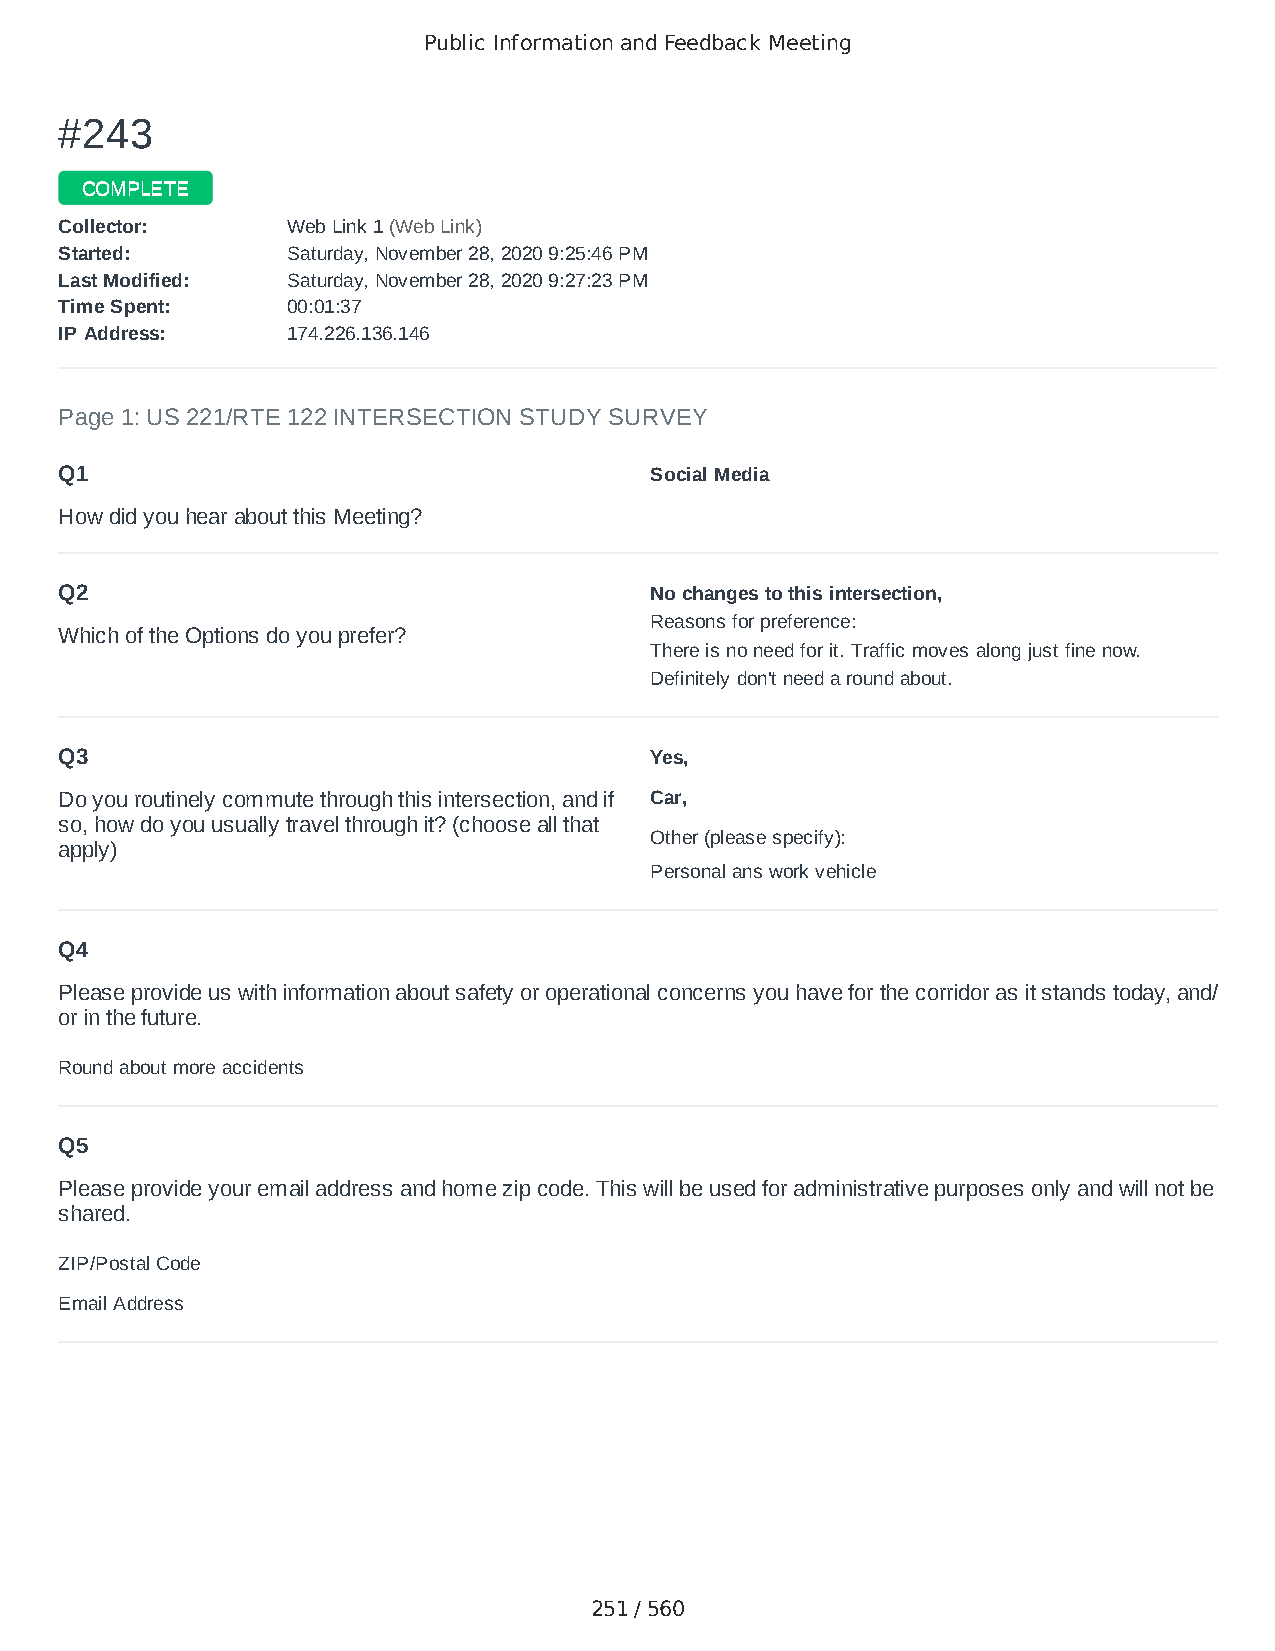
Public Information and Feedback Meeting
 ##224433
 CCOOMMPPLLEETTEE
 CCoolllleeccttoorr:: WWeebb LLiinnkk 11 ((WWeebb LLiinnkk))
 SSttaarrtteedd:: SSaattuurrddaayy,, NNoovveemmbbeerr 2288,, 22002200 99::2255::4466 PPMM
 LLaasstt MMooddiiffiieedd:: SSaattuurrddaayy,, NNoovveemmbbeerr 2288,, 22002200 99::2277::2233 PPMM
 TTiimmee SSppeenntt:: 0000::0011::3377
 IIPP AAddddrreessss:: 117744..222266..113366..114466
 Page 1: US 221/RTE 122 INTERSECTION STUDY SURVEY
 Q1                                     Social Media
 How did you hear about this Meeting?
 Q2                                     No changes to this intersection,
 Reasons for preference:
 Which of the Options do you prefer?
 There is no need for it. Traffic moves along just fine now.
 Definitely don't need a round about.
 Q3                                     Yes,
 Do you routinely commute through this intersection, and if Car,
 so, how do you usually travel through it? (choose all that
 Other (please specify):
 apply)
 Personal ans work vehicle
 Q4
 Please provide us with information about safety or operational concerns you have for the corridor as it stands today, and/
 or in the future.
 Round about more accidents
 Q5
 Please provide your email address and home zip code. This will be used for administrative purposes only and will not be
 shared.
 ZIP/Postal Code                        24523
 Email Address                          desiree82starr@gmail.com
 251 / 560